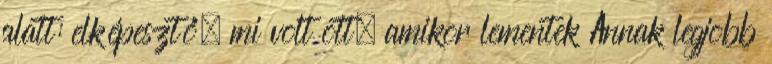
alatt: elképesztő, mi volt ott, amikor lementek Annak legjobb